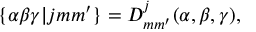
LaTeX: \{ \alpha \beta \gamma | j m m ^ { \prime } \} = D _ { m m ^ { \prime } } ^ { j } ( \alpha , \beta , \gamma ) ,